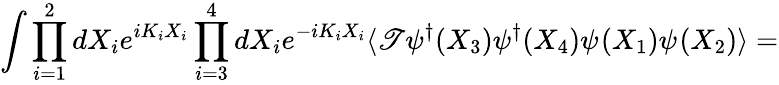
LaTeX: \int\prod_{i=1}^{2}dX_{i}e^{iK_{i}X_{i}}\prod_{i=3}^{4}dX_{i}e^{-iK_{i}X_{i}}\langle\mathscr{T}\psi_{}^{\dagger}(X_{3})\psi_{}^{\dagger}(X_{4})\psi_{}(X_{1})\psi_{}(X_{2})\rangle=